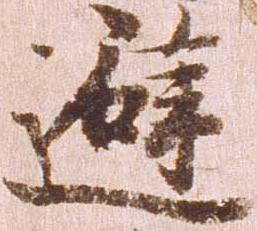
避